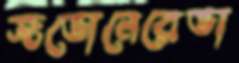
জভোনেরেভা